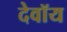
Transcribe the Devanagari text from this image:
देवॉय